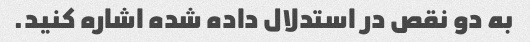
به دو نقص در استدلال داده شده اشاره کنید.